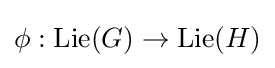
\phi :\operatorname {Lie} (G)\to \operatorname {Lie} (H)